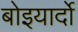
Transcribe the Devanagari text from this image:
बोइयार्दो